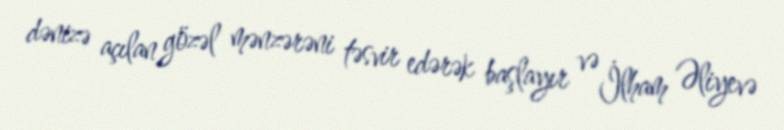
dənizə açılan gözəl mənzərəni təsvir edərək başlayır və İlham Əliyevə